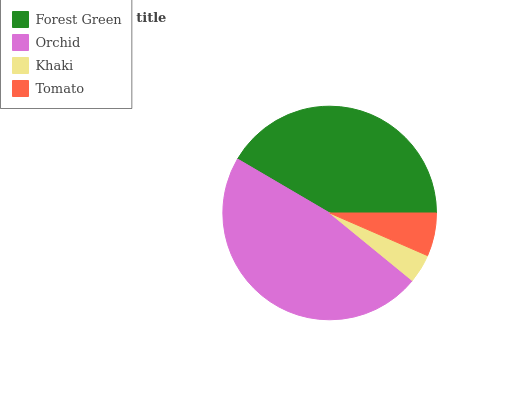
| Forest Green | Orchid | Khaki | Tomato |
 | --- | --- | --- | --- |
 | 41.5% | 47.6% | 4.37% | 6.54% |